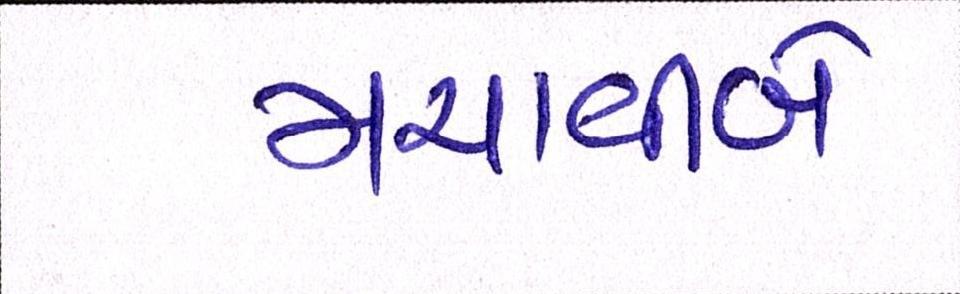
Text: મચાવીબે